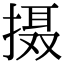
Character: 摄